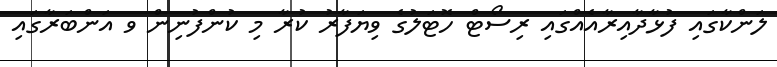
ލަންކާގައި ފުޅާދާއިރާއެއްގައި ރިސޯޓް ހޮޓަލުގެ ވިޔަފާރު ކުރާ މި ކުންފުނިން ވ އަންބަރާގައި